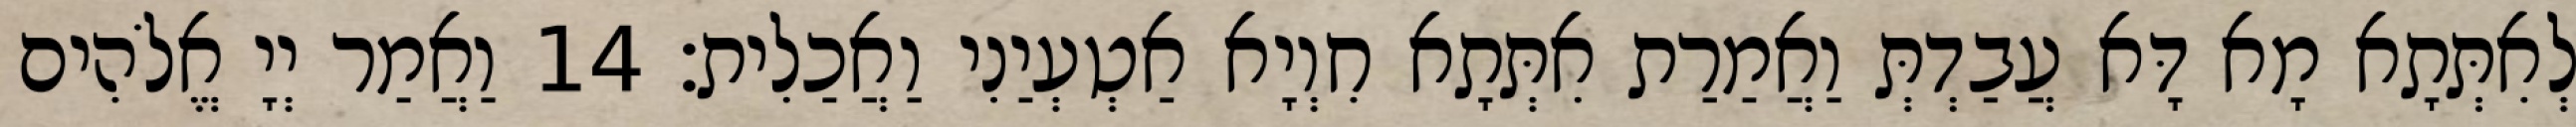
לְאִתְּתָא מָא דָּא עֲבַדְתְּ וַאֲמַרַת אִתְּתָא חִוְיָא אַטְעְיַנִי וַאֲכַלִית׃ 14 וַאֲמַר יְיָ אֱלֹהִים